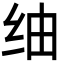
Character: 䌷